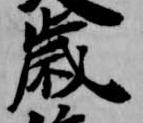
歳